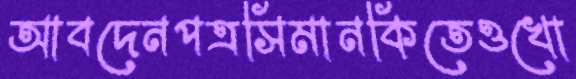
আবদেনপত্রসিমানকিতেওখো